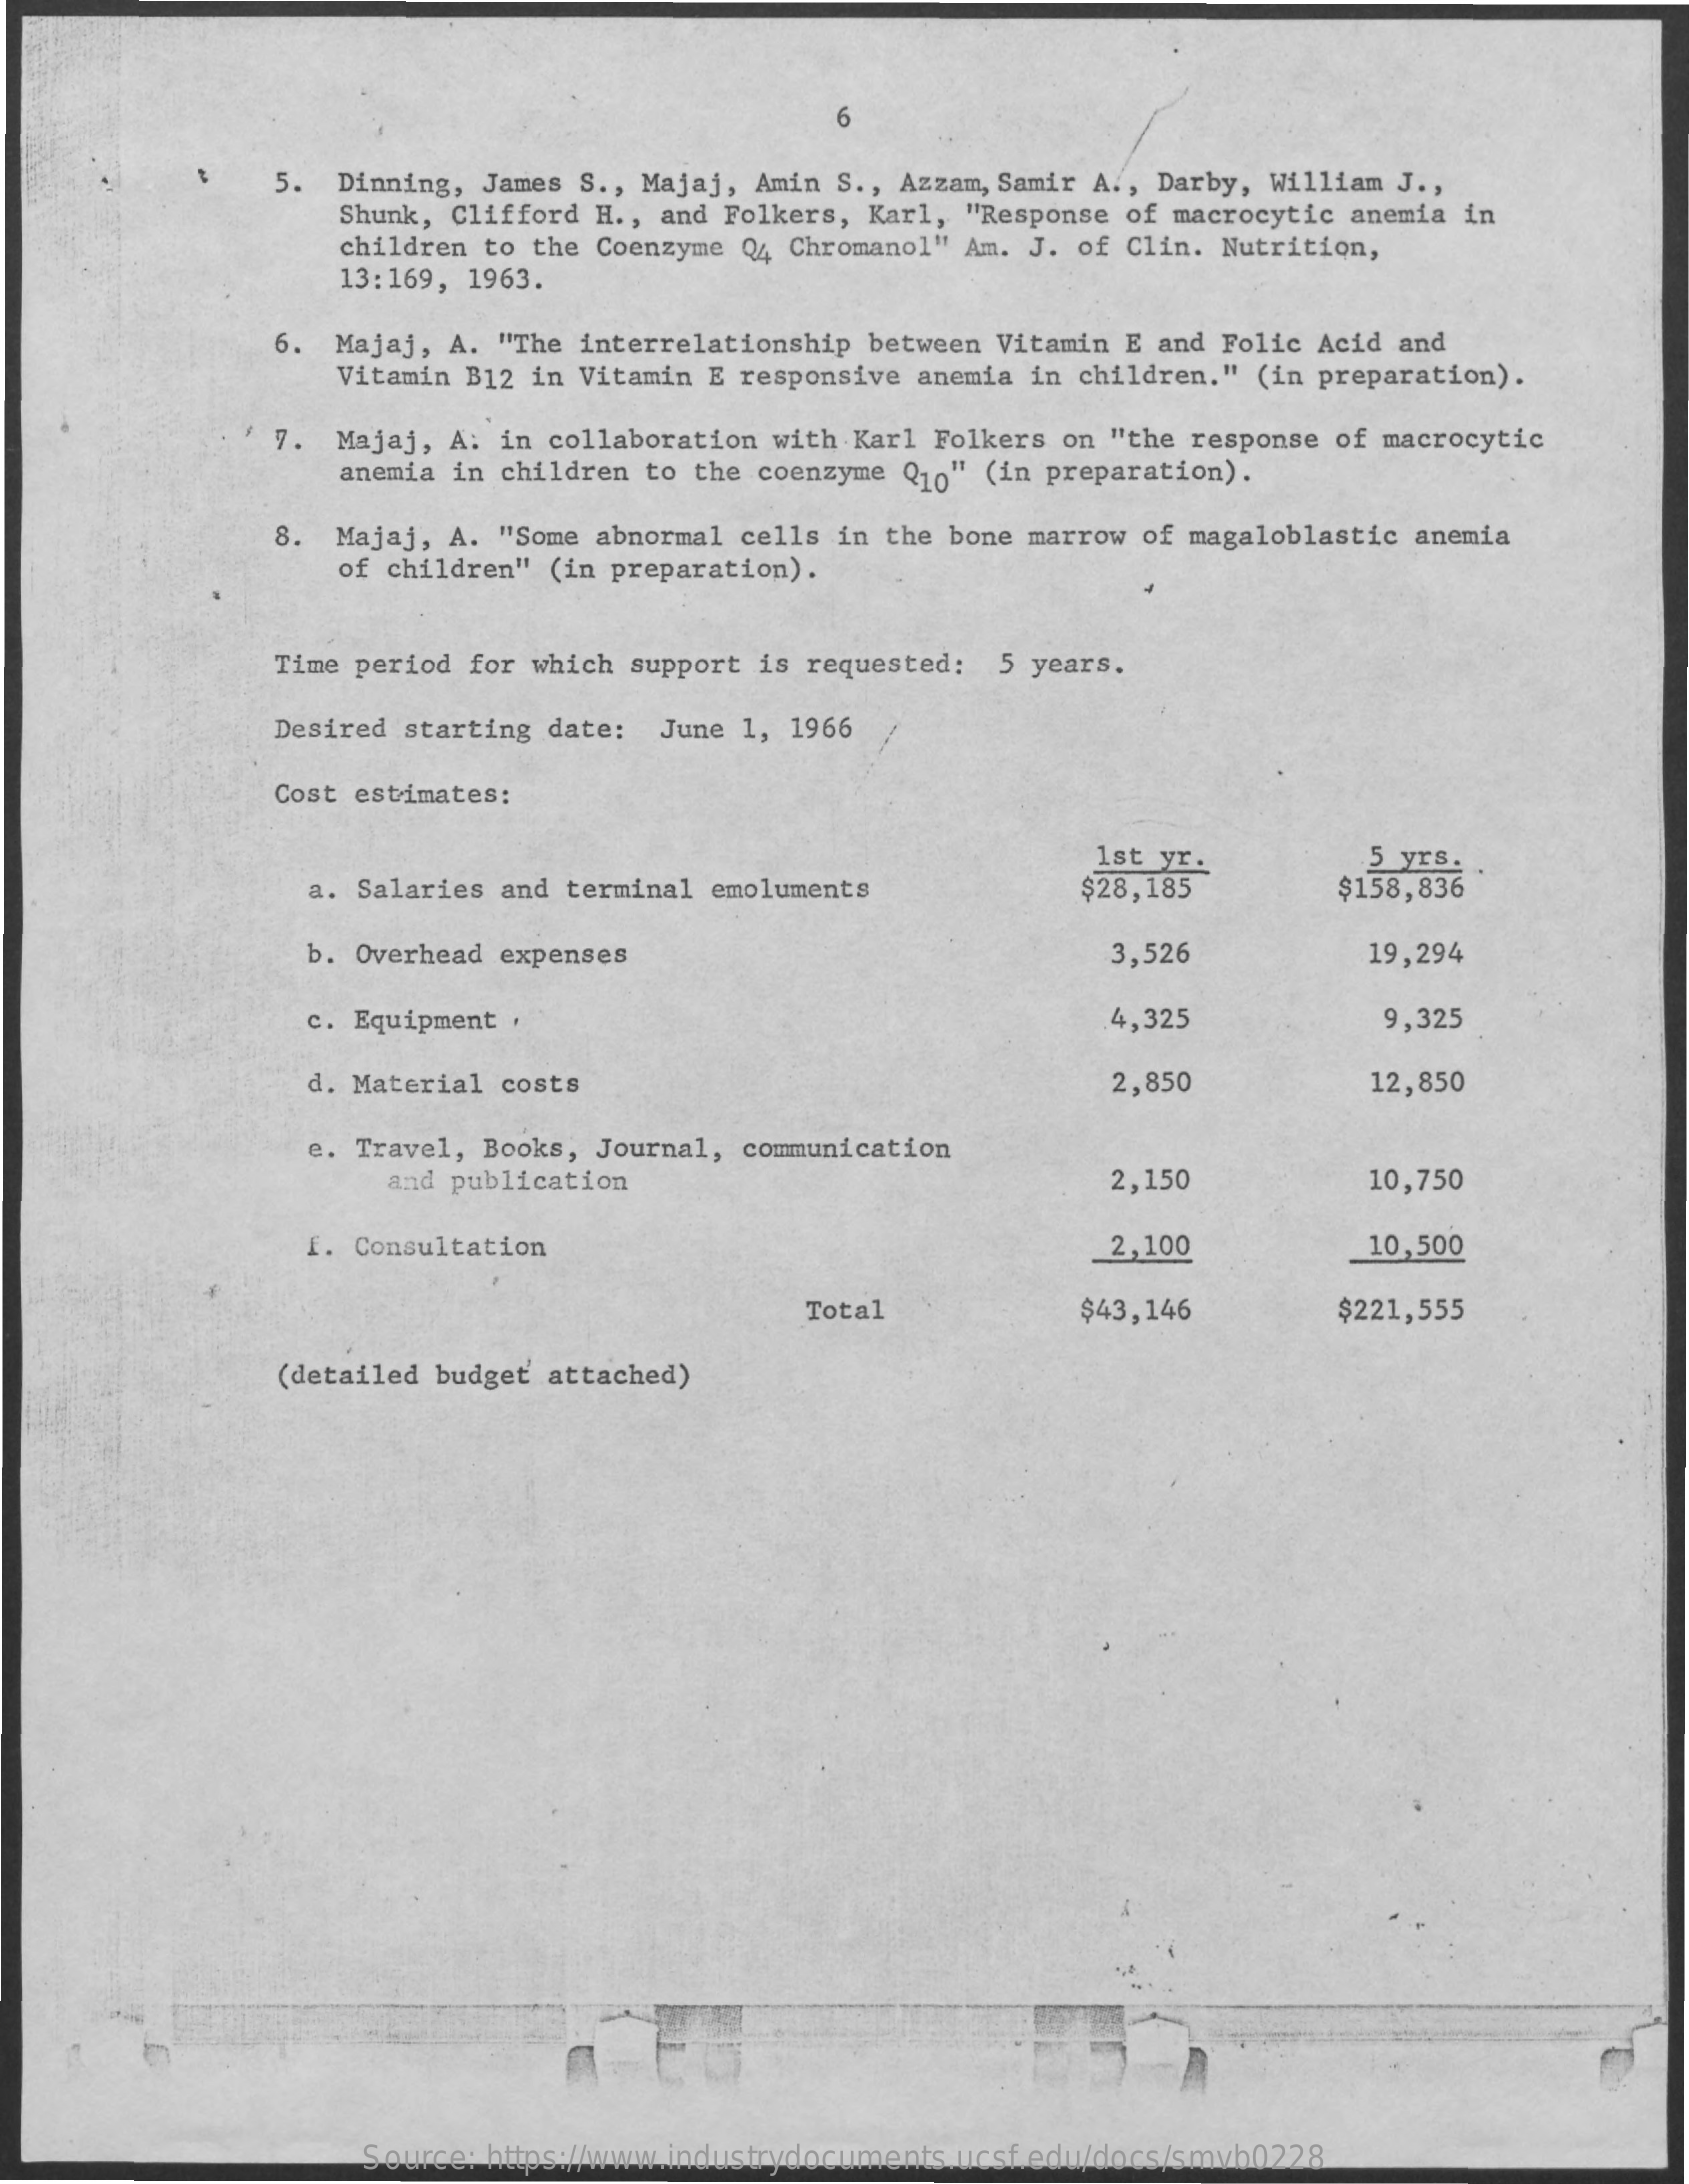
6
     5. Dinning, James S ., Majaj, Amin S ., Azzam, Samir A ., Darby, William J .,
     Shunk, Clifford H ., and Folkers, Karl, "Response of macrocytic anemia in
     children to the Coenzyme Q4 Chromanol" Am. J. of Clin. Nutrition,
     13:169, 1963.
     6. Majaj, A. "The interrelationship between Vitamin E and Folic Acid and
     Vitamin B12 in Vitamin E responsive anemia in children." (in preparation).
     7. Majaj, A: in collaboration with Karl Folkers on "the response of macrocytic
     anemia in children to the coenzyme Q10" (in preparation).
     8. Majaj, A. "Some abnormal cells in the bone marrow of magaloblastic anemia
     of children" (in preparation).
     Time period for which support is requested: 5 years.
     Desired starting date: June 1, 1966
     Cost estimates:
     1st yr.
     $28,185
     5 yrs.
     a. Salaries and terminal emoluments    $158,836
     b. Overhead expenses    3,526    19,294
     c. Equipment .    4,325    9,325
     d. Material costs    2,850    12,850
     e. Travel, Books, Journal, communication
     and publication    2,150    10,750
     f. Consultation    2,100    10,500
     Total    $43,146    $221,555
     (detailed budget attached)
     Source: https://www.industrydocuments.ucsf.edu/docs/smvb0228